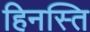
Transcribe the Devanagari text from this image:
हिनस्ति